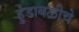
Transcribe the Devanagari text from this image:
हुंडाबळीचे